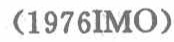
（1976\mathrm{IMO}）